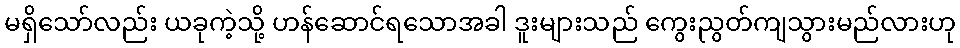
မရှိသော်လည်း ယခုကဲ့သို့ ဟန်ဆောင်ရသောအခါ ဒူးများသည် ကွေးညွတ်ကျသွားမည်လားဟု